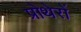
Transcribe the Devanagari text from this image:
प्रोथेरों